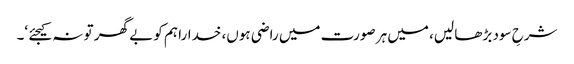
شرحِ سود بڑھا لیں، میں ہر صورت میں راضی ہوں، خدارا ہم کو بے گھر تو نہ کیجئے ‘۔